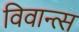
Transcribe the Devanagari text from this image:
विवान्त्स